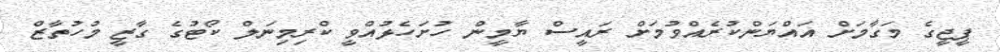
ޕީޖީގެ މަގާމަށް އައްޔަންކުރެއްވުމަށް ރައީސް ޔާމީން ހުށަހެޅުއްވީ ކްރިމިނަލް ކޯޓުގެ ގާޒީ މުހުތާޒް